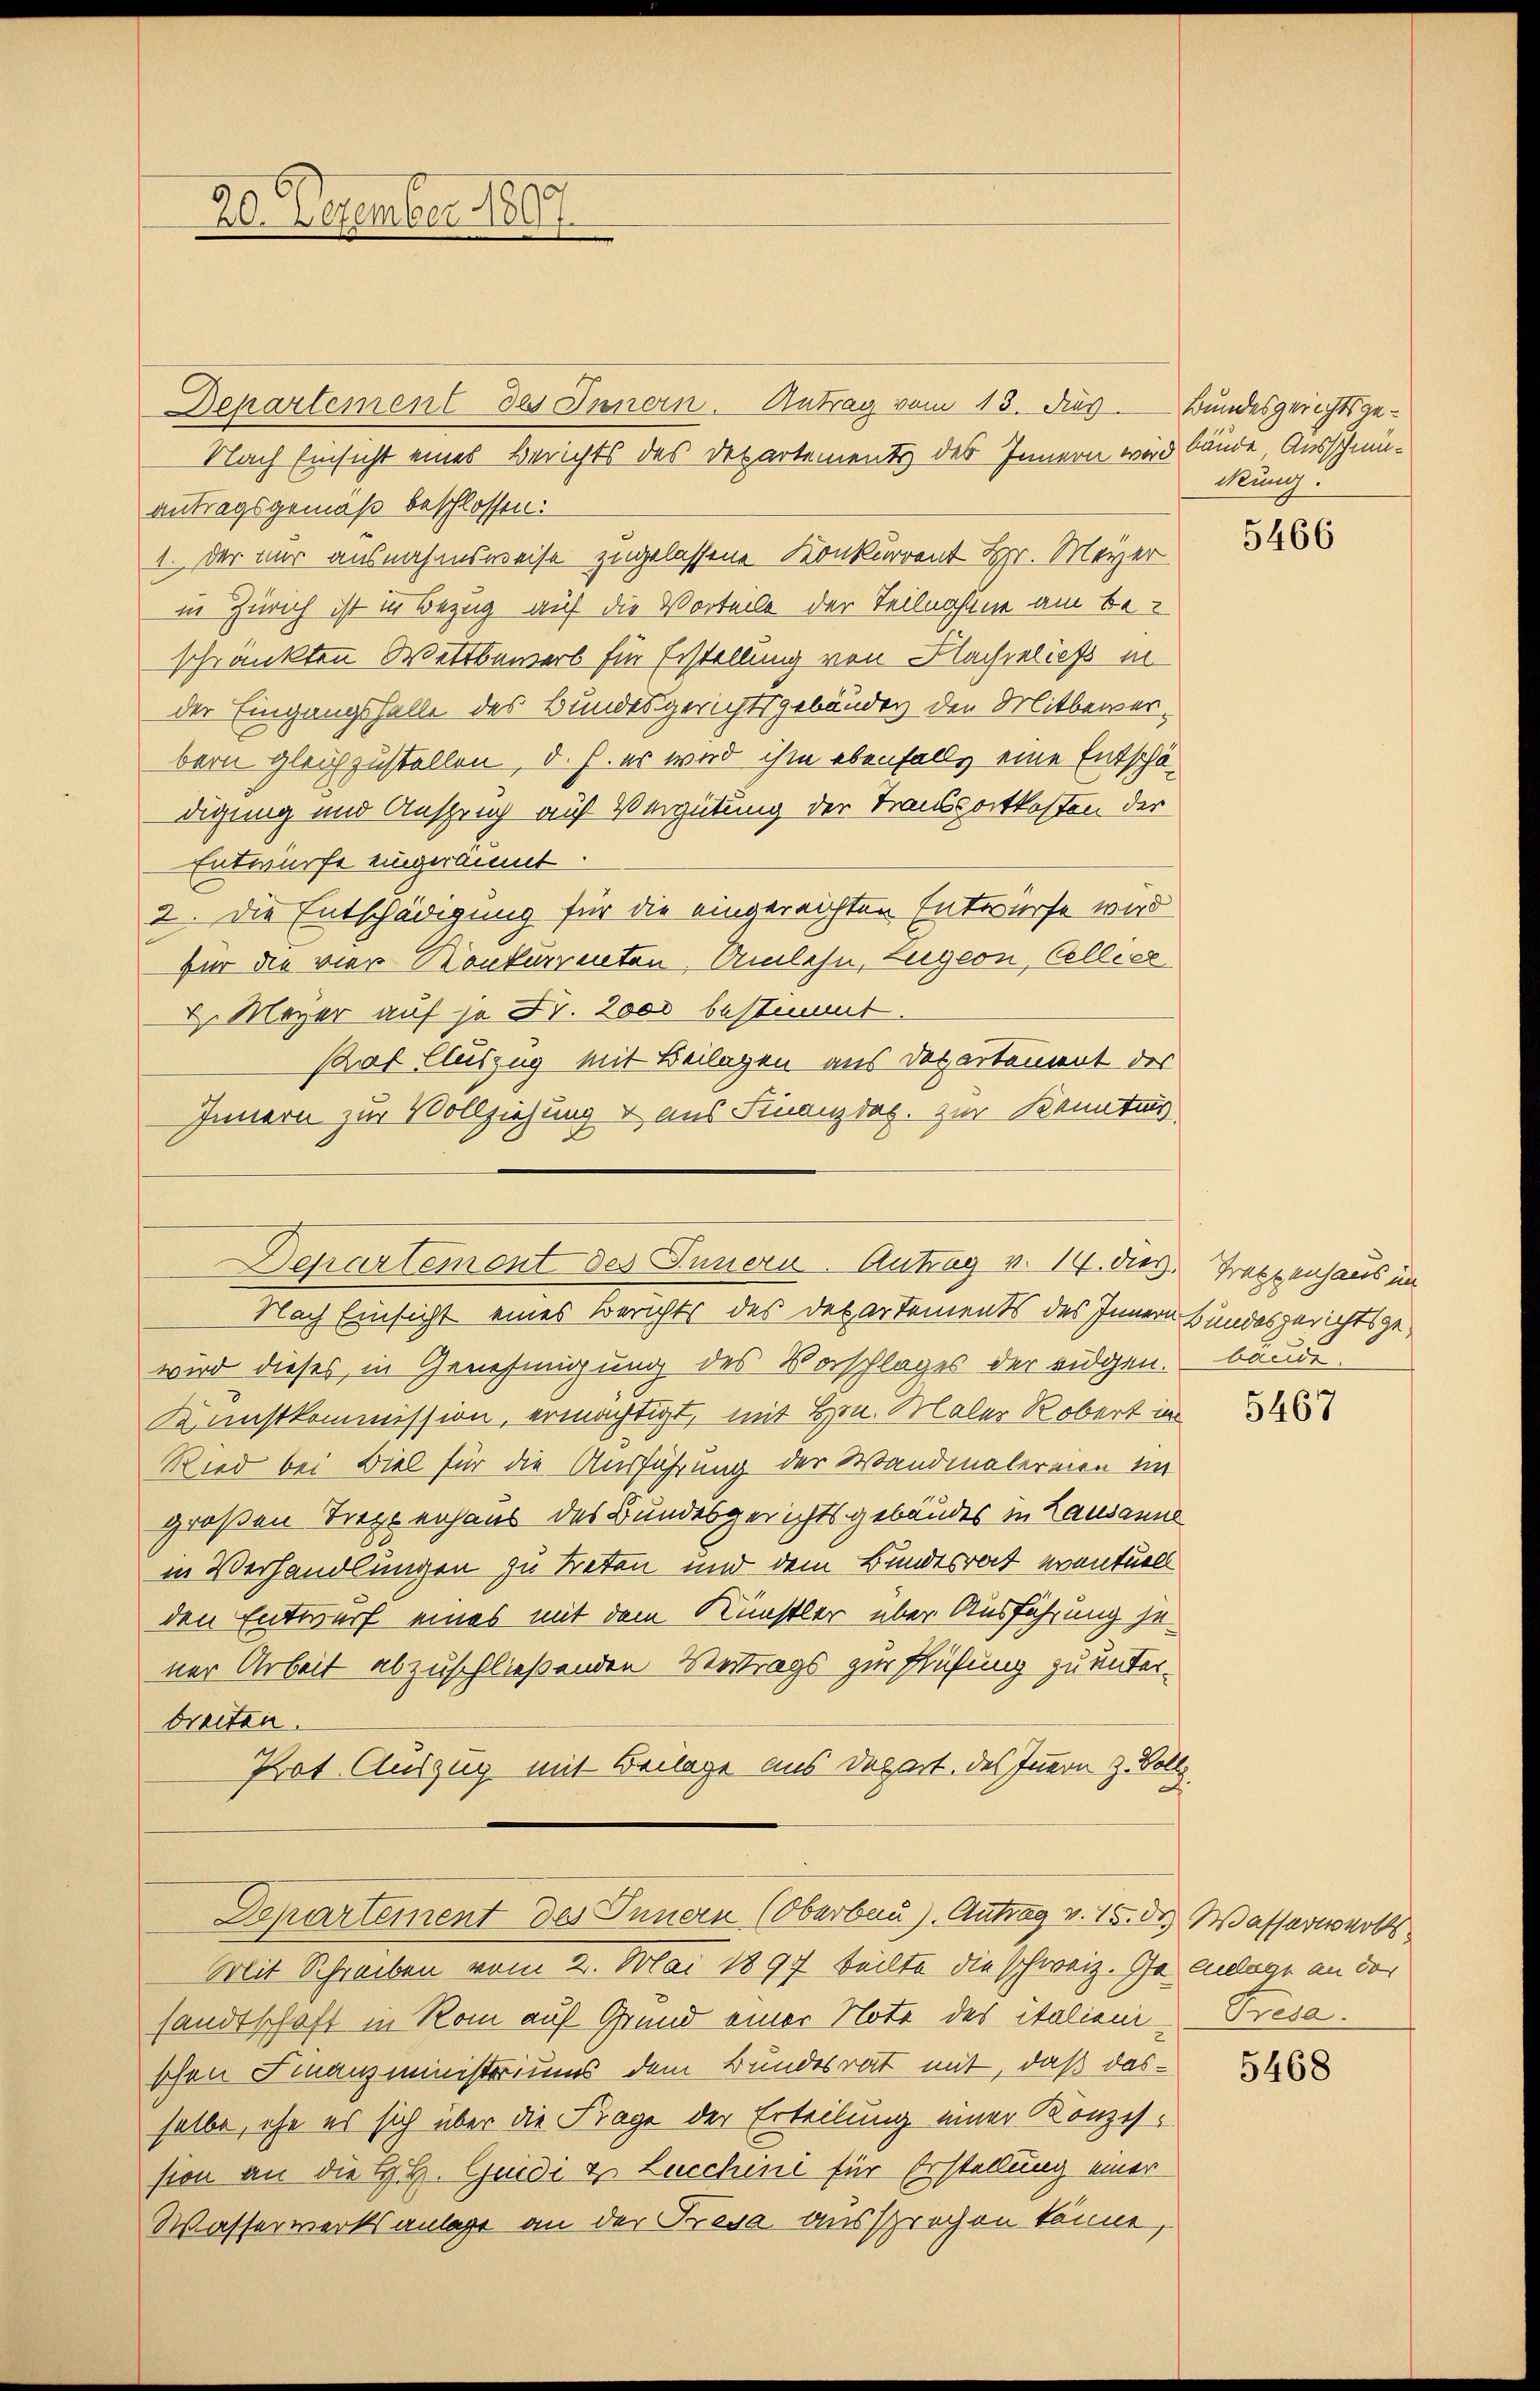
Departement des Innern. Antrag vom 13. dies
Nach Einsicht eines Berichts des Departements des Innern wird bände Ausschmüantragsgemäß beschlossen:
1. Der nur ausnahmsweise zugelassene Konkurrent Hr. Meyer
in Zürich ist in Bezug auf die Vorteile der Teilnahme am beschränkten Wettbewerb für Erstellung von Nachließ in
der Eingangsfalle des Bundesgerichtsgebäudes den Mitbewerbern gleichzustellen, d. h. es wird ihm ebenfalls eine Entschädigung und Ansprich auf Vergütung der Transportkosten der
Entwurfe eingeräumt.
2. Die Entschädigung für die eingereichten Entwurfe wird
für die vier-Konkurrenten, Umlehn, Zugern, Cellier
H. Meyer auf je Fr. 2000 bestimmt
Kaf Auszug mit Beilagen aus Departement des
Innern zur Vollziehung & aus Finanzdag. zur Kenntnis.

20. Dezember 1807.

Departement des Innern. Antrag v. 14. dies. Trappenhaus im

Nach Einsicht eines Berichts des Departements des Innern Bundesgerichtsgewird dieses in Genehmigung des Vorschlages der eidgen.
Kunstkommission, ermächtigt, mit Hrn. Maler Robert in
Ried bei Biel für die Ausführung der Wandmalereien ein
großen Treppenhaus des Bundesgerichtsgebäudes in Lausanne
in Verhandlungen zu treten und dem Bundesrat eventuell
den Entwurf eines mit dem Künstler über Ausführung jener Arbeit abzuschließenden Vertrags zur Prüfung zu unterbreiten.
Prot. Auszug mit Beilage aus Depart des Innern z. Bolle
.

Departement des Innern (Oberbau). Antrag v. 15. der Wasserwerks

Mit Schreiben vom 2. Mai 1897 teilte die schweiz. In Anlage an der
sandtschaft in Rom auf Grund einer Note des italieni- Tresa.
schen Finanzministeriums dem Bundesrat mit, daß dasselbe, ehe es sich über die Frage der Erteilung einer Konzession an die H. H. Quidi & Lucchini für Erstellung einer
Wasserwerksanlage an der Tresa aussprechen könne,

Bundesgerichtsge¬
Mung.

5466

baude.

5467

5468